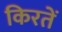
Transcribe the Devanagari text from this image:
किरतें